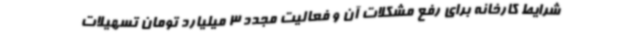
شرایط کارخانه برای رفع مشکلات آن و فعالیت مجدد 3 میلیارد تومان تسهیلات